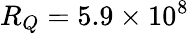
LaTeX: R_{Q}=5.9\times 10^{8}